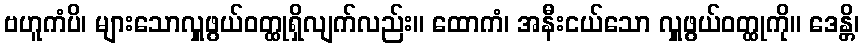
ဗဟူကံပိ၊ များသောလှူဖွယ်ဝတ္ထုရှိလျက်လည်း။ ထောကံ၊ အနီးငယ်သော လှူဖွယ်ဝတ္ထုကို။ ဒေန္တိ၊